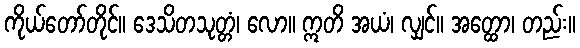
ကိုယ်တော်တိုင်။ ဒေသိတသုတ္တံ၊ လော။ ဣတိ အယံ၊ လျှင်။ အတ္ထော၊ တည်း။